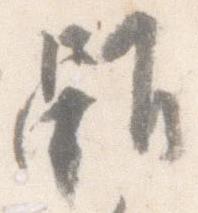
雖